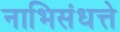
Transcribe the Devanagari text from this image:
नाभिसंधत्ते